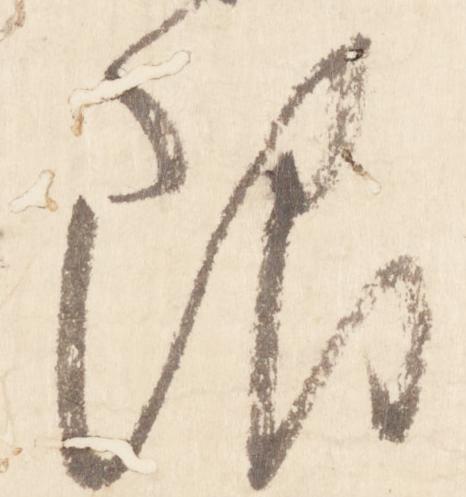
限